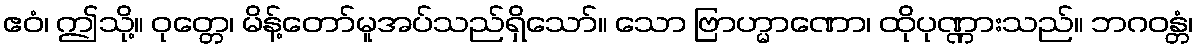
ဧဝံ၊ ဤသို့။ ဝုတ္တေ၊ မိန့်တော်မူအပ်သည်ရှိသော်။ သော ဗြာဟ္မာဏော၊ ထိုပုဏ္ဏားသည်။ ဘဂဝန္တံ၊